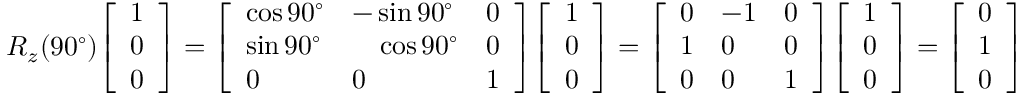
R _ { z } ( 9 0 ^ { \circ } ) { \left[ \begin{array} { l } { 1 } \\ { 0 } \\ { 0 } \end{array} \right] } = { \left[ \begin{array} { l l l } { \cos 9 0 ^ { \circ } } & { - \sin 9 0 ^ { \circ } } & { 0 } \\ { \sin 9 0 ^ { \circ } } & { \quad \cos 9 0 ^ { \circ } } & { 0 } \\ { 0 } & { 0 } & { 1 } \end{array} \right] } { \left[ \begin{array} { l } { 1 } \\ { 0 } \\ { 0 } \end{array} \right] } = { \left[ \begin{array} { l l l } { 0 } & { - 1 } & { 0 } \\ { 1 } & { 0 } & { 0 } \\ { 0 } & { 0 } & { 1 } \end{array} \right] } { \left[ \begin{array} { l } { 1 } \\ { 0 } \\ { 0 } \end{array} \right] } = { \left[ \begin{array} { l } { 0 } \\ { 1 } \\ { 0 } \end{array} \right] }